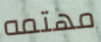
مهتمه